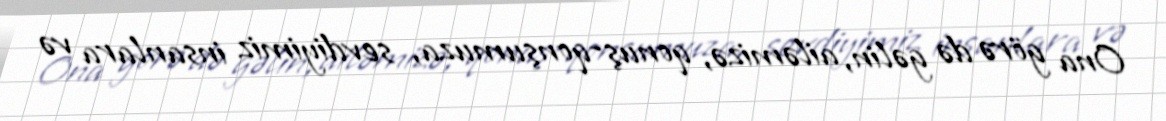
Ona görə də gəlin, ailəmizə, qonuş-qonşumuza, sevdiyimiz insanlara və